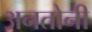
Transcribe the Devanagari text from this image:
अनतोनी